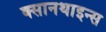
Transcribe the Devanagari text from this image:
क्सानथाइन्स